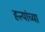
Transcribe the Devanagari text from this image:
हत्त्यांच्या